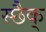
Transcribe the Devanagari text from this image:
स्छैक्